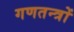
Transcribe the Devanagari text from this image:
गणतन्त्रों